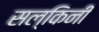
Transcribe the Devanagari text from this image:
सल्किनी